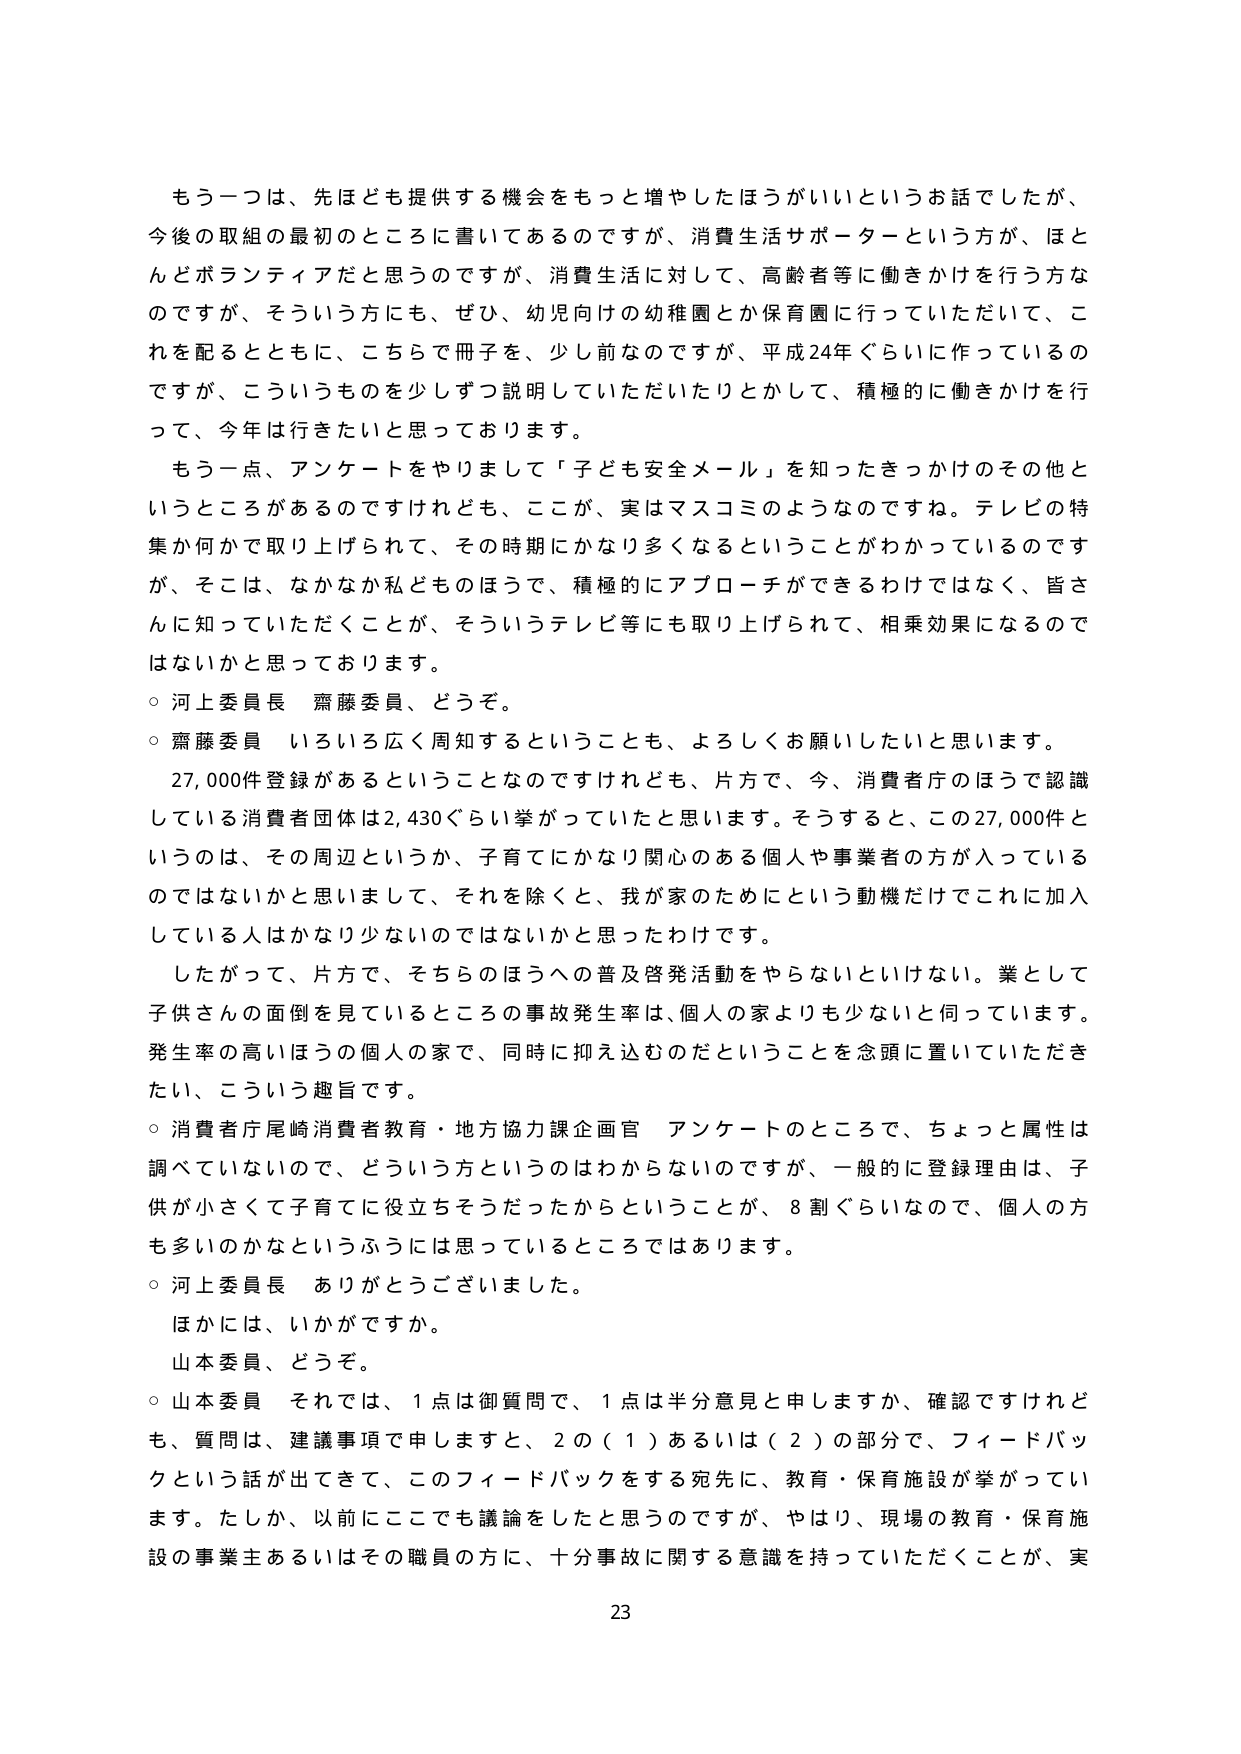
もう一つは、先ほども提供する機会をもっと増やしたほうがいいというお話でしたが、
今後の取組の最初のところに書いてあるのですが、消費生活サポーターという方が、ほとんどボランティアだと思うのですが、消費生活に対して、高齢者等に働きかけを行う方なのですが、そういう方にも、ぜひ、幼児向けの幼稚園とか保育園に行っていただいて、これを配るとともに、こちらで冊子を、少し前なのですが、平成24年ぐらいに作っているのですが、こういうものを少しずつ説明していただいたりとかして、積極的に働きかけを行って、今年は行きたいと思っております。

もう一点、アンケートをやりまして「子ども安全メール」を知ったきっかけのその他というところがあるのですけれども、ここが、実はマスコミのようなのですね。テレビの特集か何かで取り上げられて、その時期にかなり多くなるということがわかっているのですが、そこは、なかなか私どものほうで、積極的にアプローチができるわけではなく、皆さんに知っていただくことが、そういうテレビ等にも取り上げられて、相乗効果になるのではないかと思っております。

○ 河上委員長 齋藤委員、どうぞ。

○ 齋藤委員 いろいろ広く周知するということも、よろしくお願いしたいと思います。

27,000件登録があるということなのですけれども、片方で、今、消費者庁のほうで認識している消費者団体は2,430ぐらい挙がっていたと思います。そうすると、この27,000件というのは、その周辺というか、子育てにかなり関心のある個人や事業者の方が入っているのではないかと思いまして、それを除くと、我が家のためにという動機だけでこれに加入している人はかなり少ないのではないかと思ったわけです。

したがって、片方で、そちらのほうへの普及啓発活動をやらないといけない。業として子供さんの面倒を見ているところの事故発生率は、個人の家よりも少ないと言っています。発生率の高いほうの個人の家で、同時に抑え込むのだということを念頭に置いていただきたい、こういう趣旨です。

○ 消費者庁尾崎消費者教育・地方協力課企画官 アンケートのところで、ちょっと属性は調べていないので、どういう方というのはわからないのですが、一般的に登録理由は、子供が小さくて子育てに役立ちそうだったからということが、8割ぐらいなので、個人の方も多いのかなというふうには思っているところではあります。

○ 河上委員長 ありがとうございました。

ほかには、いかがですか。

山本委員、どうぞ。

○ 山本委員 それでは、1点は御質問で、1点は半分意見と申しますか、確認ですけれども、質問は、建議事項で申しますと、2の（1）あるいは（2）の部分で、フィードバックという話が出てきて、このフィードバックをする宛先に、教育・保育施設が挙がっています。たしか、以前にここでも議論をしたと思うのですが、やはり、現場の教育・保育施設の事業主あるいはその職員の方に、十分事故に関する意識を持っていただくことが、実

23